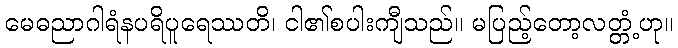
မေဓညာဂါရံနပရိပူရေဿတိ၊ ငါ၏စပါးကျီသည်။ မပြည့်တော့လတ္တံ့ဟု။